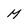
Character: M